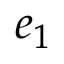
\boldsymbol { e } _ { 1 }